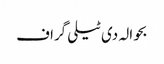
بحوالہ دی ٹیلی گراف